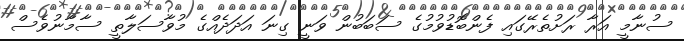
ސުނާމީ އަރާ ރަށުތެރޭގައި ފެންބޮޑުވުމުގެ ސަބަބުން ވަނީ ގިނަ އަދަދެއްގެ މުވާސަލާތީ ސާމާނުވެސް